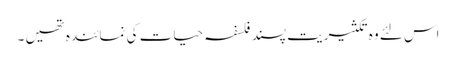
اس لئے وہ تکثیریت پسند فلسفہ حیات کی نمائندہ تھیں ۔